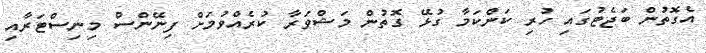
އެގޮތުން ބަޖެޓުގައި ހުރި ކަންކަމާ ގުޅޭ ގޮތުން މަޝްވަރާ ކުރެއްވުމަށް ފިނޭންސް މިނިސްޓަރާއި